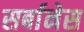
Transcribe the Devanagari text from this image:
सर्बानेस